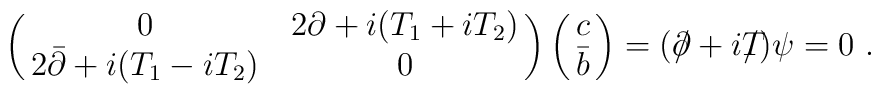
\pmatrix{0& 2\partial+i(T_1 +iT_2)\cr	2\bar\partial+ i(T_1 -iT_2) &0} \pmatrix{c \cr \bar b \cr}=	(\partial \!\!\!/ +i T\!\!\!\!/)\psi=0 \ .